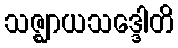
သဇ္ဈာယသဒ္ဒေါတိ